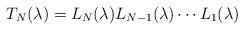
LaTeX: \begin{align*}T_N(\lambda)=L_N(\lambda)L_{N-1}(\lambda)\cdots L_1(\lambda)\end{align*}